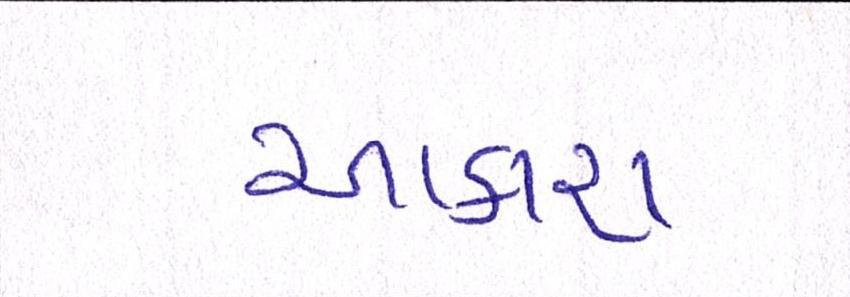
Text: આકરા